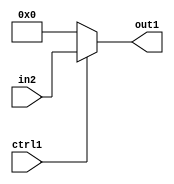
`timescale 1ps / 1ps
/*****************************************************************************
    Verilog RTL Description
    
    
    Created by: Stratus DpOpt 2019.1.01 
*******************************************************************************/

module GauFilter_N_Mux_8_2_1_4 (
	in2,
	ctrl1,
	out1
	); /* architecture "behavioural" */ 
input [7:0] in2;
input  ctrl1;
output [7:0] out1;
wire [7:0] asc001;

reg [7:0] asc001_tmp_0;
assign asc001 = asc001_tmp_0;
always @ (ctrl1 or in2) begin
	case (ctrl1)
		1'B1 : asc001_tmp_0 = in2 ;
		default : asc001_tmp_0 = 8'B00000000 ;
	endcase
end

assign out1 = asc001;
endmodule

/* CADENCE  uLTwTwk= : u9/ySgnWtBlWxVPRXgAZ4Og= ** DO NOT EDIT THIS LINE ******/